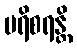
ပရိစရန္တိ